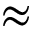
\approx